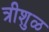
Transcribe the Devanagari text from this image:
त्रीशुळ